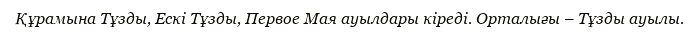
Құрамына Тұзды, Ескі Тұзды, Первое Мая ауылдары кіреді. Орталығы – Тұзды ауылы.